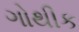
ગોથીક